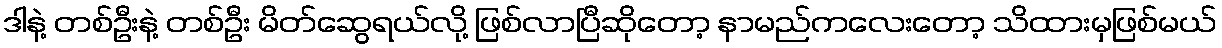
ဒါနဲ့ တစ်ဦးနဲ့ တစ်ဦး မိတ်ဆွေရယ်လို့ ဖြစ်လာပြီဆိုတော့ နာမည်ကလေးတော့ သိထားမှဖြစ်မယ်